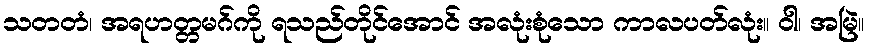
သတတံ၊ အရဟတ္တမဂ်ကို ရသည်တိုင်အောင် အလုံးစုံသော ကာလပတ်လုံး။ ဝါ၊ အမြဲ။